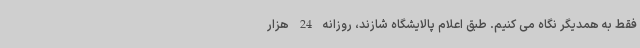
فقط به همدیگر نگاه می کنیم. طبق اعلام پالایشگاه شازند، روزانه 24 هزار